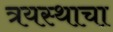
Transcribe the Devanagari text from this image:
त्रयस्थाचा